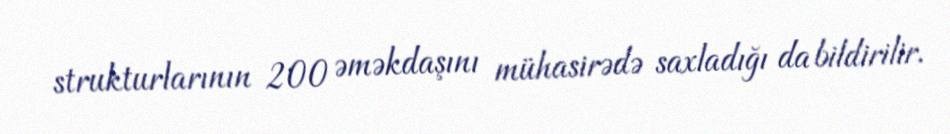
strukturlarının 200 əməkdaşını mühasirədə saxladığı da bildirilir.